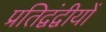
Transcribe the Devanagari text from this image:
प्रतिद्वंद्वीयों